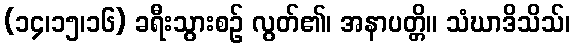
(၁၄၊၁၅၊၁၆) ခရီးသွားစဉ် လွတ်၏၊ အနာပတ္တိ။ သံဃာဒိသိသ်၊